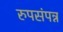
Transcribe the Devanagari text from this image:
रुपसंपन्न